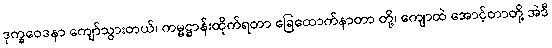
ဒုက္ခဝေဒနာ ကျော်သွားတယ်၊ ကမ္မဋ္ဌာန်းထိုက်ရတာ ခြေထောက်နာတာ တို့၊ ကျောထဲ အောင့်တာတို့ အဲဒီ